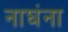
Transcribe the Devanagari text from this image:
नाघंना